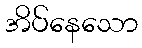
အိပ်နေသော